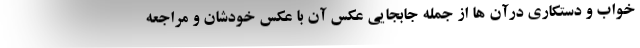
خواب و دستکاری درآن ها از جمله جابجایی عکس آن با عکس خودشان و مراجعه